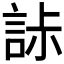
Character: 𧧌